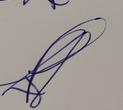
Signature authenticity: genuine